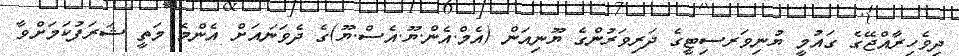
ދިވެހިރާއްޖޭގެ ގައުމީ ޔުނިވަރސިޓީގެ ދަރިވަރުންގެ ޔޫނިއަން (އެމް.އެން.ޔޫ.އެސް.ޔޫ)ގެ ދެވަނައަށް އެންމެ މަތީ ޝަރަފުކަމަށްވާ